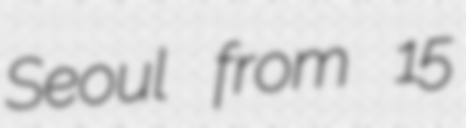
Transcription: Seoul from 15